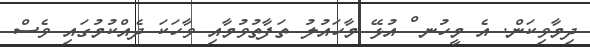
ދިމާވިކަން. އެ މީހުނ ް އުޅޭ މާހައުލު ތަފާތުވުމާއި ވާހަކަ ދެއްކުމުގައި ވެސް